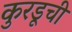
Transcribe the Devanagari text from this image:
कुरडूची